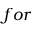
f o r